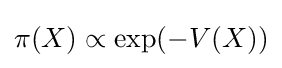
\pi (X)\propto \exp(-V(X))